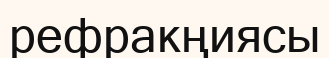
рефракңиясы